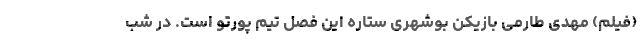
(فیلم) مهدی طارمی بازیکن بوشهری ستاره این فصل تیم پورتو است. در شب